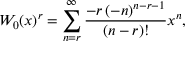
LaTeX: W _ { 0 } ( x ) ^ { r } = \sum _ { n = r } ^ { \infty } { \frac { - r \left( - n \right) ^ { n - r - 1 } } { ( n - r ) ! } } x ^ { n } ,